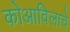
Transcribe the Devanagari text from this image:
कोआविलाचे